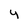
Character: y